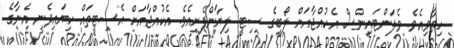
ހިތާވިއެވެ. ވެލަންޓައިންސް އެކުއްޖާއަށް ލޯބީގެ ސިޓީ ލިޔާންފެށިއެވެ. އެކުއްޖާއަށް އެސިޓީތައް ކިޔައިދެނީ އެނާގެ